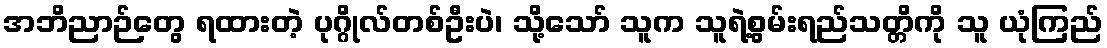
အဘိညာဉ်တွေ ရထားတဲ့ ပုဂ္ဂိုလ်တစ်ဦးပဲ၊ သို့သော် သူက သူရဲ့စွမ်းရည်သတ္တိကို သူ ယုံကြည်